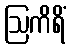
ဩကိရိံ